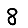
Digit: 8